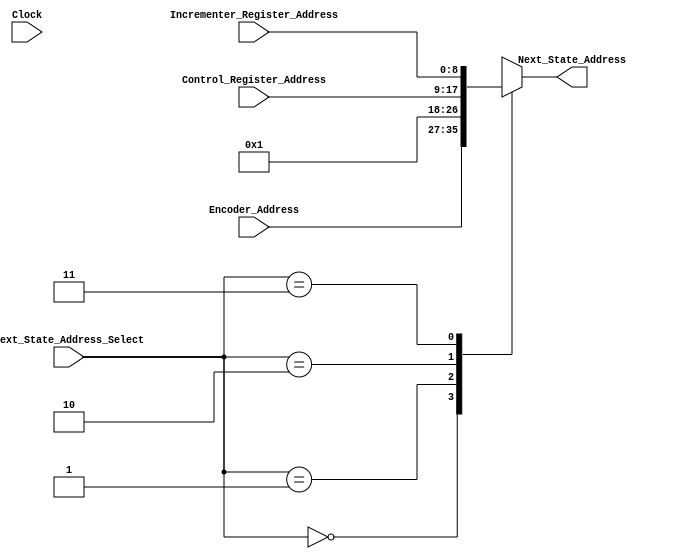
module Next_State_Address_MUX (
								output reg [8:0] Next_State_Address,
								input [8:0] Encoder_Address,
								input [8:0] Incrementer_Register_Address,
								input [8:0] Control_Register_Address,
								input [1:0] Next_State_Address_Select,
								input Clock
								);
	always @*
		begin
		//$display("%t Next_State_Address_Select: %b", $time, Next_State_Address_Select);
		case (Next_State_Address_Select)
			2'b00:
				begin
				//$display("%t Next_State_Address generated from Encoder: %d", $time, Encoder_Address);
				Next_State_Address = Encoder_Address;
				end
			2'b01:
				begin
				//$display("%t Fetching next Instruction", $time);
				Next_State_Address = 9'd1;	// Fetch State
				end
			2'b10:
				begin
				//$display("%t Next_State_Address generated from Control_Register: %d", $time, Control_Register_Address);
				Next_State_Address = Control_Register_Address;
				end
			2'b11:
				begin
				//$display("%t Next_State_Address generated from Incrementer", $time);
				Next_State_Address = Incrementer_Register_Address;
				end
			default:
				begin
				//$display("%t Invalid Next_State_Address_Select", $time); 
				end
		endcase
		end
endmodule